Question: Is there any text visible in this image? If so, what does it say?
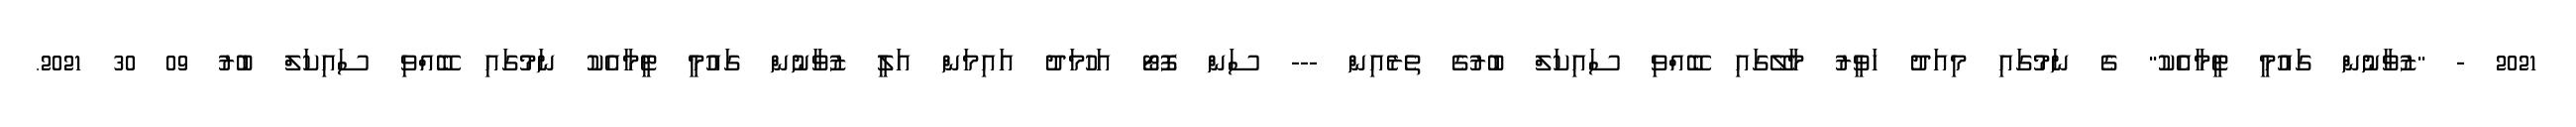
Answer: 2021 - "ޒުވާނުން ގައުމީ ޓީމާއެކު" ގެ ނަމުގައި މިއަދު ހަވީރު މާލޭގައި ބޭއްވި ސައިކަލް ބުރުގެ ތެރެއިން --- ސަން ފޮޓޯ އަހުމަދު އައިމަން އަލީ ޒުވާނުން ގައުމީ ޓީމާއެކު ނަމުގައި ބޭއްވި ސައިކަލް ބުރު 09 30 2021.